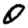
Digit: 0